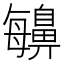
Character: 𪖬